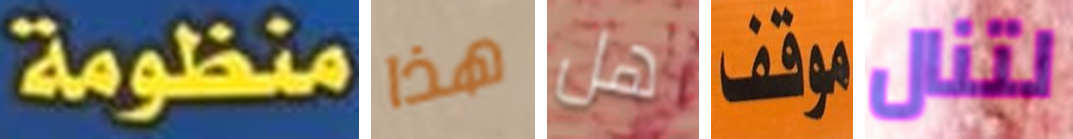
منظومة هذا هل موقف لتنال